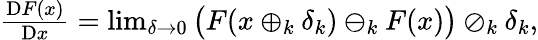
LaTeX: \begin{array}{r}{\frac{\mathrm{D}F(x)}{\mathrm{D}x}=\operatorname*{lim}_{\delta\to 0}\big(F(x\oplus_{k}\delta_{k})\ominus_{k}F(x)\big)\oslash_{k}\delta_{k},}\end{array}